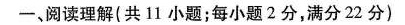
一、阅读理解 ( 共11小题;每小题2分,满分22 分 )